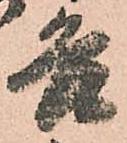
各